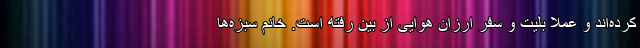
کرده‌اند و عملا بلیت و سفر ارزان هوایی از بین رفته است. خانم سبزه‌ها